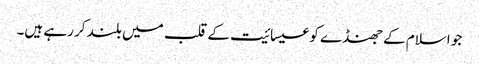
جو اسلام کے جھنڈے کو عیسائیت کے قلب میں بلند کر رہے ہیں۔